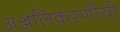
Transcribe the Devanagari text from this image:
अञ्जलिकरणीयो